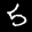
Label: 5